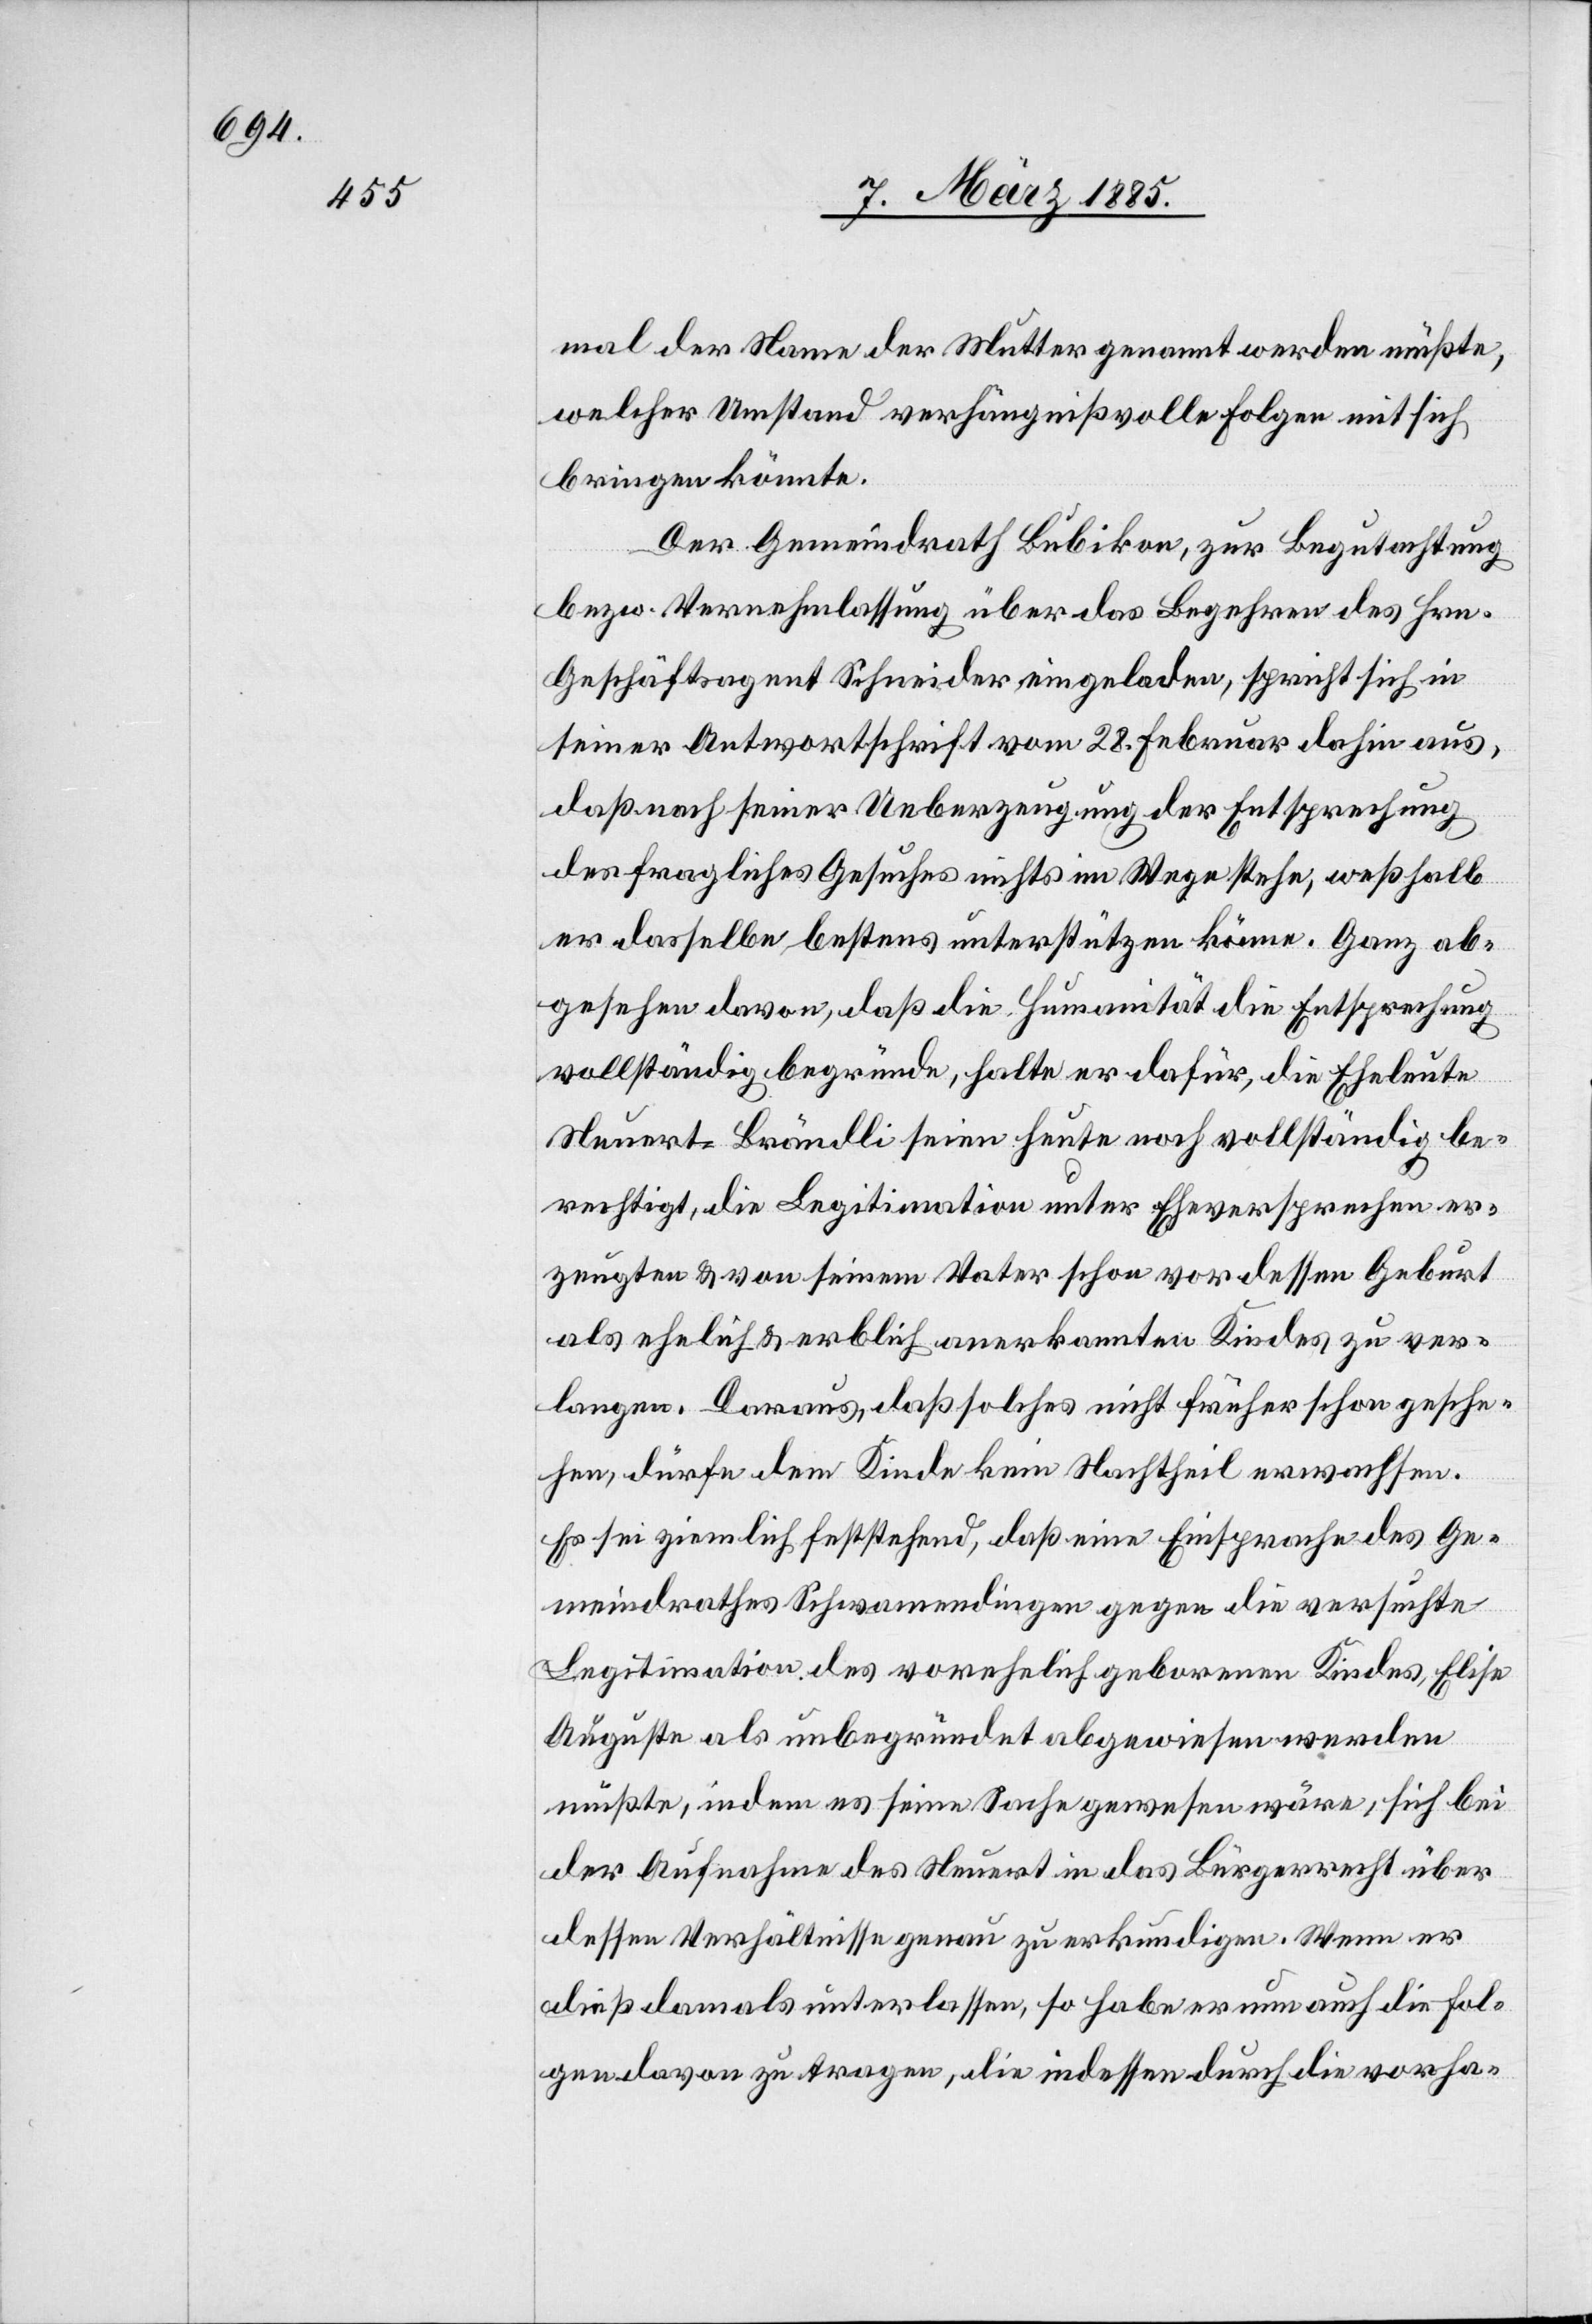
mal der Name der Mutter genannt werden müßte,
welcher Umstand verhängnißvolle Folgen mit sich
bringen könnte.
Der Gemeindrath Bubikon, zur Begutachtung
bezw. Vernehmlassung über das Begehren des Hrn.
Geschäftsagent Schneider eingeladen, spricht sich in
seiner Antwortschrift vom 28. Februar dahin aus,
daß nach seiner Ueberzeugung der Entsprechung
des fraglichen Gesuches nichts im Wege stehe, weßhalb
er dasselbe bestens unterstützen könne. Ganz ab¬
gesehen davon, daß die Humanität die Entsprechung
vollständig begründe, halte er dafür, die Eheleute
Neuert-Brändli seien heute noch vollständig be¬
rechtigt, die Legitimation unter Eheversprechen er¬
zeugten & von seinem Vater schon vor dessen Geburt
als ehelich & erblich anerkannten Kindes zu ver¬
langen. Daraus, daß solches nicht früher schon gesche¬
hen, dürfe dem Kinde kein Nachtheil erwachsen.
Es sei ziemlich feststehend, daß eine Einsprache des Ge¬
meindrathes Schwamendingen gegen die versuchte
Legitimation des vorehelich geborenen Kindes, Elise
Auguste als unbegründet abgewiesen werden
müsste, indem es seine Sache gewesen wäre, sich bei
der Aufnahme des neuert in das Bürgerrecht über
dessen Verhältnisse genau zu erkundigen. Wenn er
dieß damals unterlassen, so habe er nun auch die Fol¬
gen davon zu tragen, die indessen durch die vorha-